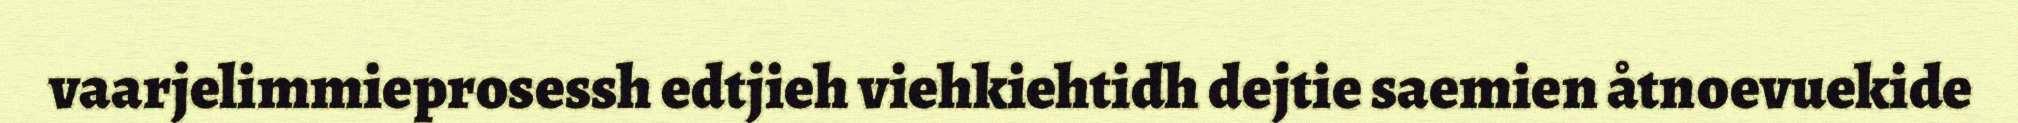
vaarjelimmieprosessh edtjieh viehkiehtidh dejtie saemien åtnoevuekide